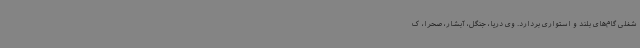
شغلی گام‌های بلند و استواری بردارد. وی دریا، جنگل، آبشار، صحرا، ک